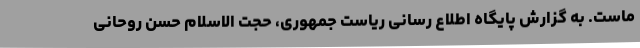
ماست. به گزارش پایگاه اطلاع رسانی ریاست جمهوری، حجت الاسلام حسن روحانی